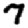
Digit: 7